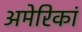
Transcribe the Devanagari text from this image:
अमेरिकां